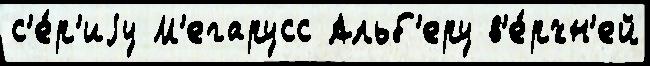
с'е́р'иjу М'егарусс Альб'еру в'е́рхн'ей